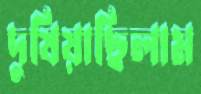
দুষিয়াছিলাম